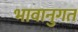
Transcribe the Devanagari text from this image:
भावानुगत